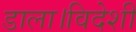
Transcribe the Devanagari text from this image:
डाला।विदेशी